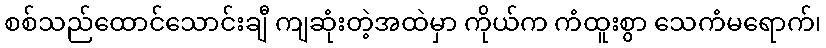
စစ်သည်ထောင်သောင်းချီ ကျဆုံးတဲ့အထဲမှာ ကိုယ်က ကံထူးစွာ သေကံမရောက်၊